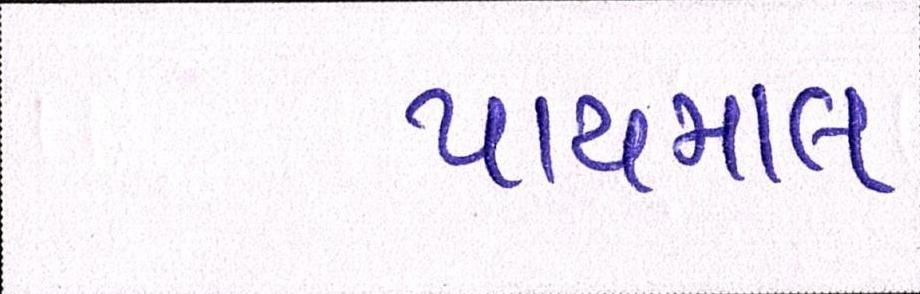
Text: પાયમાલ